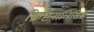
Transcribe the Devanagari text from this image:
क्रिप्टैनालिसिस्